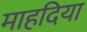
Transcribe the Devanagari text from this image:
माहदिया